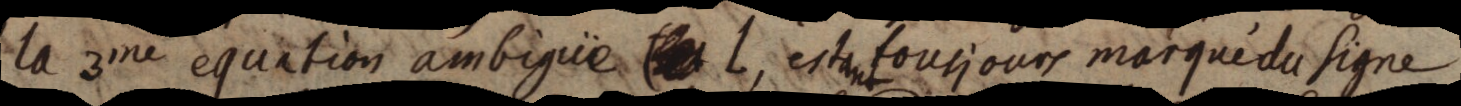
la 3me equation ambigue L, estant tousjours marquée du signe